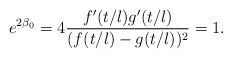
\begin{align*}e^{2 \beta_0}= 4 \frac{f'(t/l)g'(t/l)}{(f(t/l)-g(t/l))^2}=1.\end{align*}